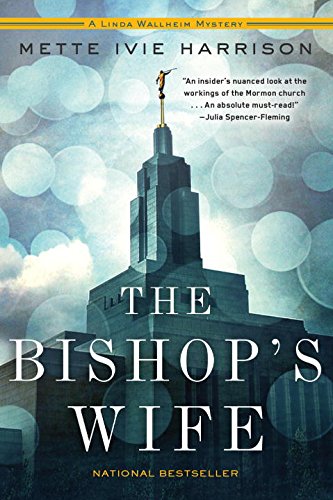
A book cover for The Bishop's Wife (A Linda Wallheim Mystery); Mette Ivie Harrison; Religion & Spirituality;